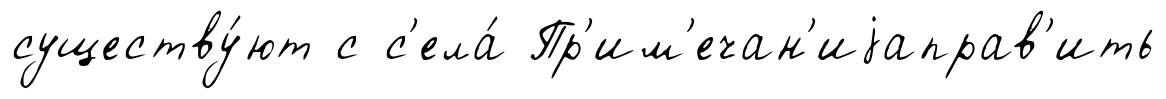
существу́ют с с'ела́ Пр'им'ечан'иjаправ'ить